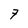
Character: 7